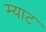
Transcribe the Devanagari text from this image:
म्याट